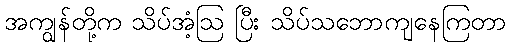
အကျွန်တို့က သိပ်အံ့ဩ ပြီး သိပ်သဘောကျနေကြတာ